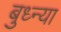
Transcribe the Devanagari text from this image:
बुध्न्या